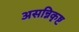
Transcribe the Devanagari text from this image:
असन्निकृष्ट